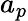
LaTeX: a_{p}